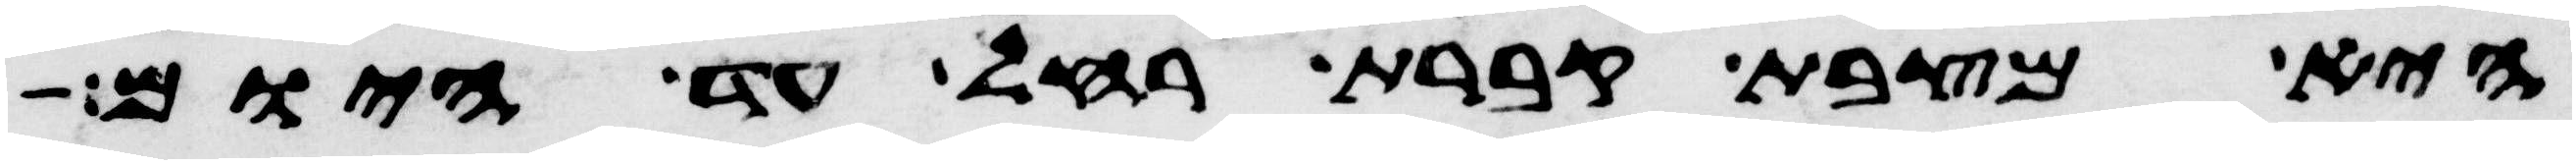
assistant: היא מצבת קברת רחל עד היום